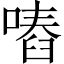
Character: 𠽅